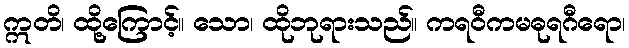
ဣတိ၊ ထို့ကြောင့်။ သော၊ ထိုဘုရားသည်။ ကရဝီကမဓုရဂီရော၊